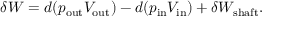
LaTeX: \delta W = d ( p _ { \mathrm { o u t } } V _ { \mathrm { o u t } } ) - d ( p _ { \mathrm { i n } } V _ { \mathrm { i n } } ) + \delta W _ { \mathrm { s h a f t } } .